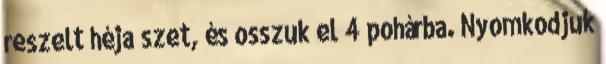
reszelt héja szet, és osszuk el 4 pohárba. Nyomkodjuk